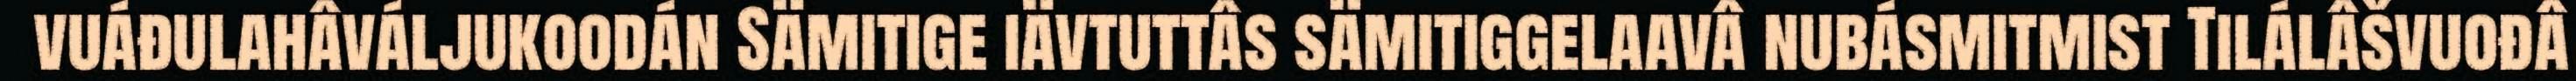
vuáđulahâváljukoodán Sämitige iävtuttâs sämitiggelaavâ nubásmitmist Tilálâšvuođâ